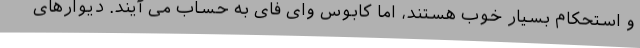
و استحکام بسیار خوب هستند، اما کابوس وای فای به حساب می آیند. دیوارهای